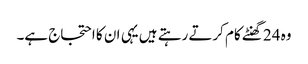
وہ 24 گھنٹے کام کرتے رہتے ہیں یہی ان کا احتجاج ہے۔